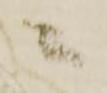
ニ